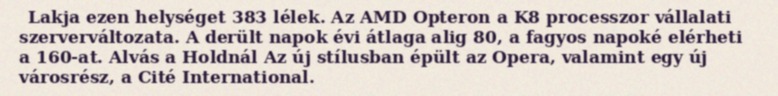
Lakja ezen helységet 383 lélek. Az AMD Opteron a K8 processzor vállalati szerverváltozata. A derült napok évi átlaga alig 80, a fagyos napoké elérheti a 160-at. Alvás a Holdnál Az új stílusban épült az Opera, valamint egy új városrész, a Cité International.